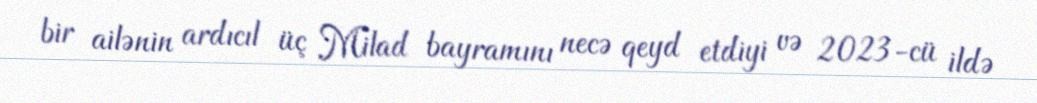
bir ailənin ardıcıl üç Milad bayramını necə qeyd etdiyi və 2023-cü ildə